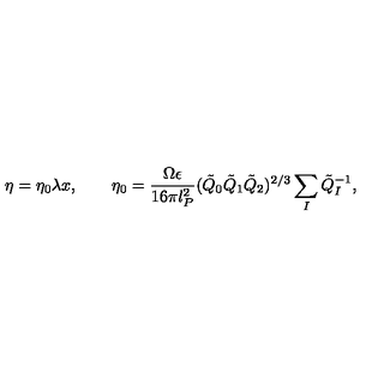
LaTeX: \eta = \eta _ { 0 } \lambda x , \qquad \eta _ { 0 } = \frac { \Omega \epsilon } { 1 6 \pi l _ { P } ^ { 2 } } ( \tilde { Q } _ { 0 } \tilde { Q } _ { 1 } \tilde { Q } _ { 2 } ) ^ { 2 / 3 } \sum _ { I } \tilde { Q } _ { I } ^ { - 1 } ,